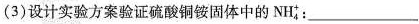
(3)设计实验方案验证硫酸铜铵固体中的NH_{4}：___